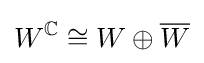
W^{\mathbb {C} }\cong W\oplus {\overline {W}}